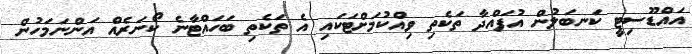
އައްޑޫސިޓީ ކަނބަލުން އުފައްދާ ތަކެތި ވިއްކުމަށްޓަކައި އެ ތަކެތި ބަހައްޓާނެ ކޯނަރެއް އަންނަމަހުން